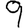
Digit: 9